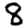
Digit: 8